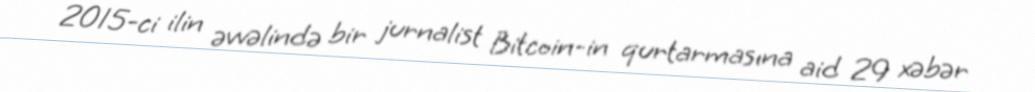
2015-ci ilin əvvəlində bir jurnalist Bitcoin-in qurtarmasına aid 29 xəbər